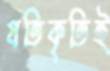
প্রতিকৃতিই